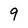
Character: 9